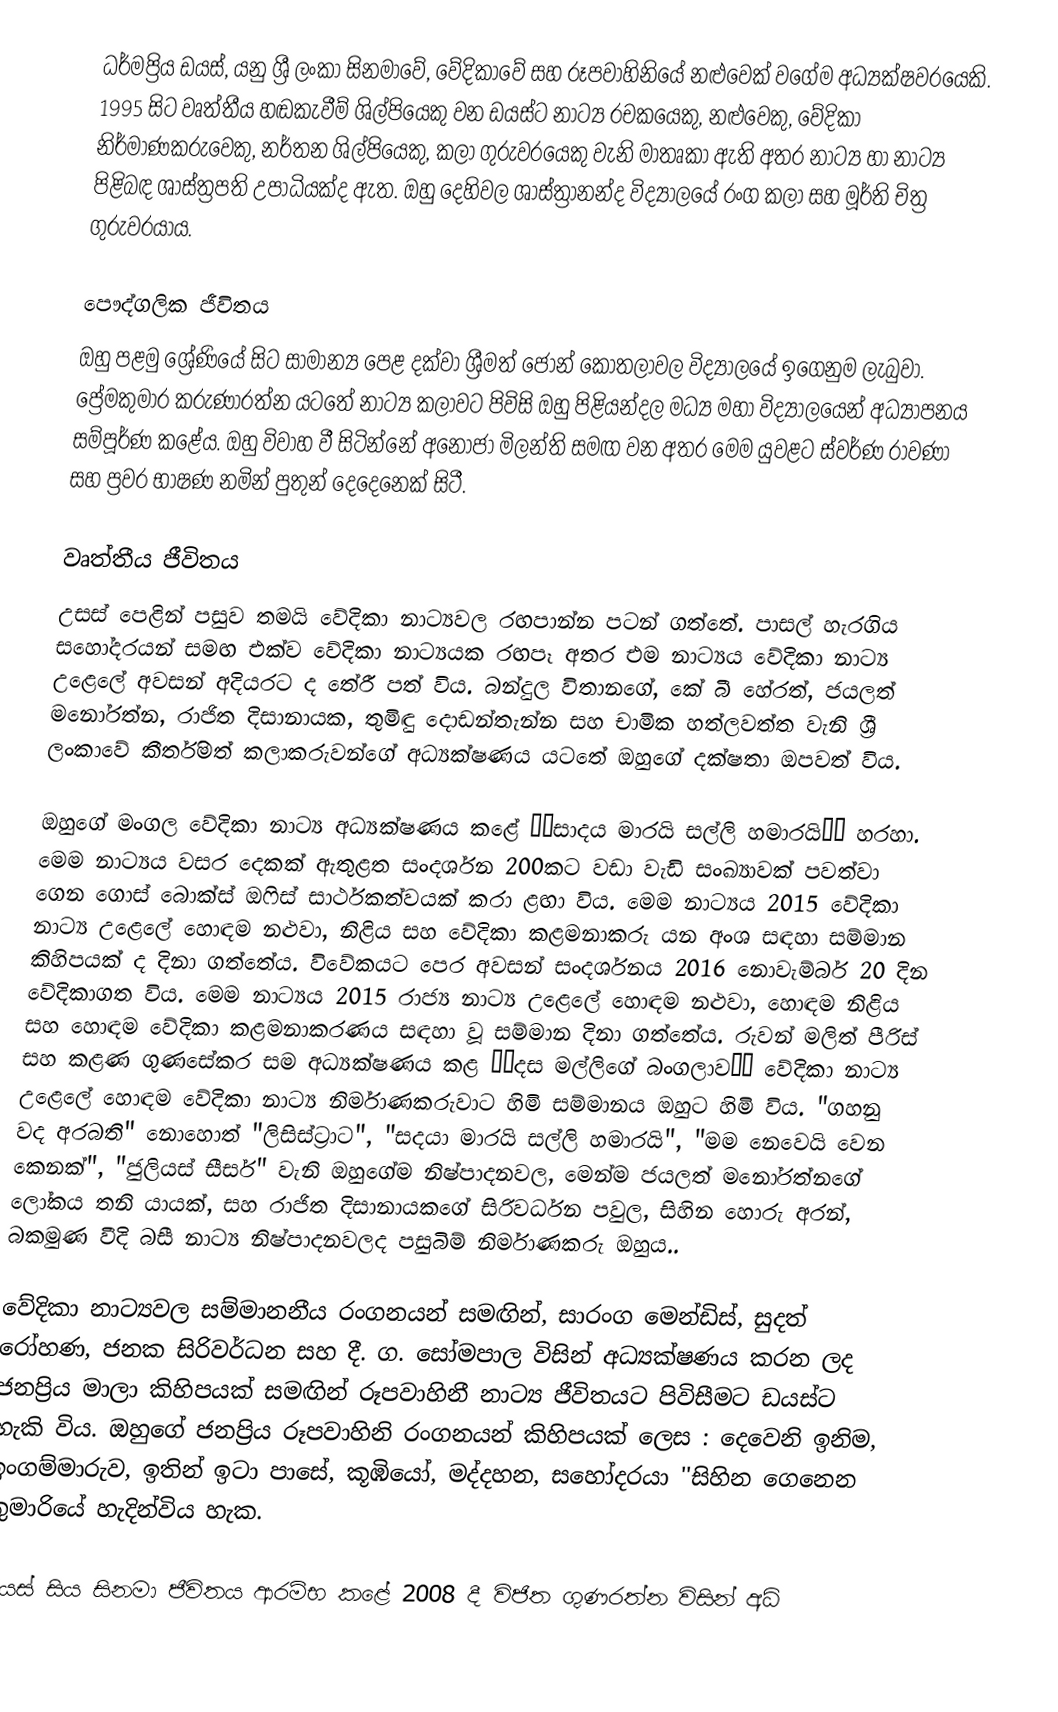
ධර්මප්‍රිය ඩයස්, යනු ශ්‍රී ලංකා සිනමාවේ, වේදිකාවේ සහ රූපවාහිනියේ නළුවෙක් වගේම අධ්‍යක්ෂවරයෙකි. 1995 සිට වෘත්තීය හඬකැවීම් ශිල්පියෙකු වන ඩයස්ට නාට්‍ය රචකයෙකු, නළුවෙකු, වේදිකා නිර්මාණකරුවෙකු, නර්තන ශිල්පියෙකු, කලා ගුරුවරයෙකු වැනි මාතෘකා ඇති අතර නාට්‍ය හා නාට්‍ය පිළිබඳ ශාස්ත්‍රපති උපාධියක්ද ඇත. ඔහු දෙහිවල ශාස්ත්‍රානන්ද විද්‍යාලයේ රංග කලා සහ මූර්ති චිත්‍ර ගුරුවරයාය.

පෞද්ගලික ජීවිතය
ඔහු පළමු ශ්‍රේණියේ සිට සාමාන්‍ය පෙළ දක්වා ශ්‍රීමත් ජෝන් කොතලාවල විද්‍යාලයේ ඉගෙනුම ලැබුවා. ප්‍රේමකුමාර කරුණාරත්න යටතේ නාට්‍ය කලාවට පිවිසි ඔහු පිළියන්දල මධ්‍ය මහා විද්‍යාලයෙන් අධ්‍යාපනය සම්පූර්ණ කළේය. ඔහු විවාහ වී සිටින්නේ අනෝජා මිලන්ති සමඟ වන අතර මෙම යුවළට ස්වර්ණ රාවණා සහ ප්‍රවර භාෂණ නමින් පුතුන් දෙදෙනෙක් සිටී.

වෘත්තීය ජීවිතය
උසස් පෙළින් පසුව තමයි වේදිකා නාට්‍යවල රඟපාන්න පටන් ගත්තේ. පාසල් හැරගිය සහෝදරයන් සමඟ එක්ව වේදිකා නාට්‍යයක රඟපෑ අතර එම නාට්‍යය වේදිකා නාට්‍ය උළෙලේ අවසන් අදියරට ද තේරී පත් විය. බන්දුල විතානගේ, කේ බී හේරත්, ජයලත් මනෝරත්න, රාජිත දිසානායක, තුමිඳු දොඩන්තැන්න සහ චාමික හත්ලවත්ත වැනි ශ්‍රී ලංකාවේ කීර්තිමත් කලාකරුවන්ගේ අධ්‍යක්ෂණය යටතේ ඔහුගේ දක්ෂතා ඔපවත් විය.

ඔහුගේ මංගල වේදිකා නාට්‍ය අධ්‍යක්ෂණය කළේ ‘‘සාදය මාරයි සල්ලි හමාරයි’’ හරහා. මෙම නාට්‍යය වසර දෙකක් ඇතුළත සංදර්ශන 200කට වඩා වැඩි සංඛ්‍යාවක් පවත්වා ගෙන ගොස් බොක්ස් ඔෆිස් සාර්ථකත්වයක් කරා ළඟා විය. මෙම නාට්‍යය 2015 වේදිකා නාට්‍ය උළෙලේ හොඳම නළුවා, නිළිය සහ වේදිකා කළමනාකරු යන අංශ සඳහා සම්මාන කිහිපයක් ද දිනා ගත්තේය. විවේකයට පෙර අවසන් සංදර්ශනය 2016 නොවැම්බර් 20 දින වේදිකාගත විය. මෙම නාට්‍යය 2015 රාජ්‍ය නාට්‍ය උළෙලේ හොඳම නළුවා, හොඳම නිළිය සහ හොඳම වේදිකා කළමනාකරණය සඳහා වූ සම්මාන දිනා ගත්තේය. රුවන් මලිත් පීරිස් සහ කළණ ගුණසේකර සම අධ්‍යක්ෂණය කළ ‘‘දස මල්ලිගේ බංගලාව’’ වේදිකා නාට්‍ය උළෙලේ හොඳම වේදිකා නාට්‍ය නිර්මාණකරුවාට හිමි සම්මානය ඔහුට හිමි විය. "ගහනු වද අරබති" නොහොත් "ලිසිස්ට්‍රාට", "සදයා මාරයි සල්ලි හමාරයි", "මම නෙවෙයි වෙන කෙනක්", "ජුලියස් සීසර්" වැනි ඔහුගේම නිෂ්පාදනවල, මෙන්ම ජයලත් මනෝරත්නගේ ලෝකය තනි යායක්, සහ රාජිත දිසානායකගේ සිරිවර්ධන පවුල, සිහින හොරු අරන්, බකමුණ වීදි බසී නාට්‍ය නිෂ්පාදනවලද පසුබිම් නිර්මාණකරු ඔහුය..

වේදිකා නාට්‍යවල සම්මානනීය රංගනයන් සමඟින්, සාරංග මෙන්ඩිස්, සුදත් රෝහණ, ජනක සිරිවර්ධන සහ දී. ග. සෝමපාල විසින් අධ්‍යක්ෂණය කරන ලද ජනප්‍රිය මාලා කිහිපයක් සමඟින් රූපවාහිනී නාට්‍ය ජීවිතයට පිවිසීමට ඩයස්ට හැකි විය. ඔහුගේ ජනප්‍රිය රූපවාහිනි රංගනයන් කිහිපයක් ලෙස : දෙවෙනි ඉනිම, ඉංගම්මාරුව, ඉතින් ඉටා පාසේ, කූඹියෝ, මද්දහන, සහෝදරයා ''සිහින ගෙනෙන කුමාරියේ හැදින්විය හැක.

ඩයස් සිය සිනමා ජීවිතය ආරම්භ කළේ 2008 දී විජිත ගුණරත්න විසින් අධ්